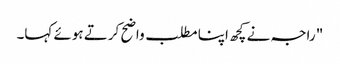
" راجہ نے کچھ اپنا مطلب واضح کرتے ہوئے کہا۔